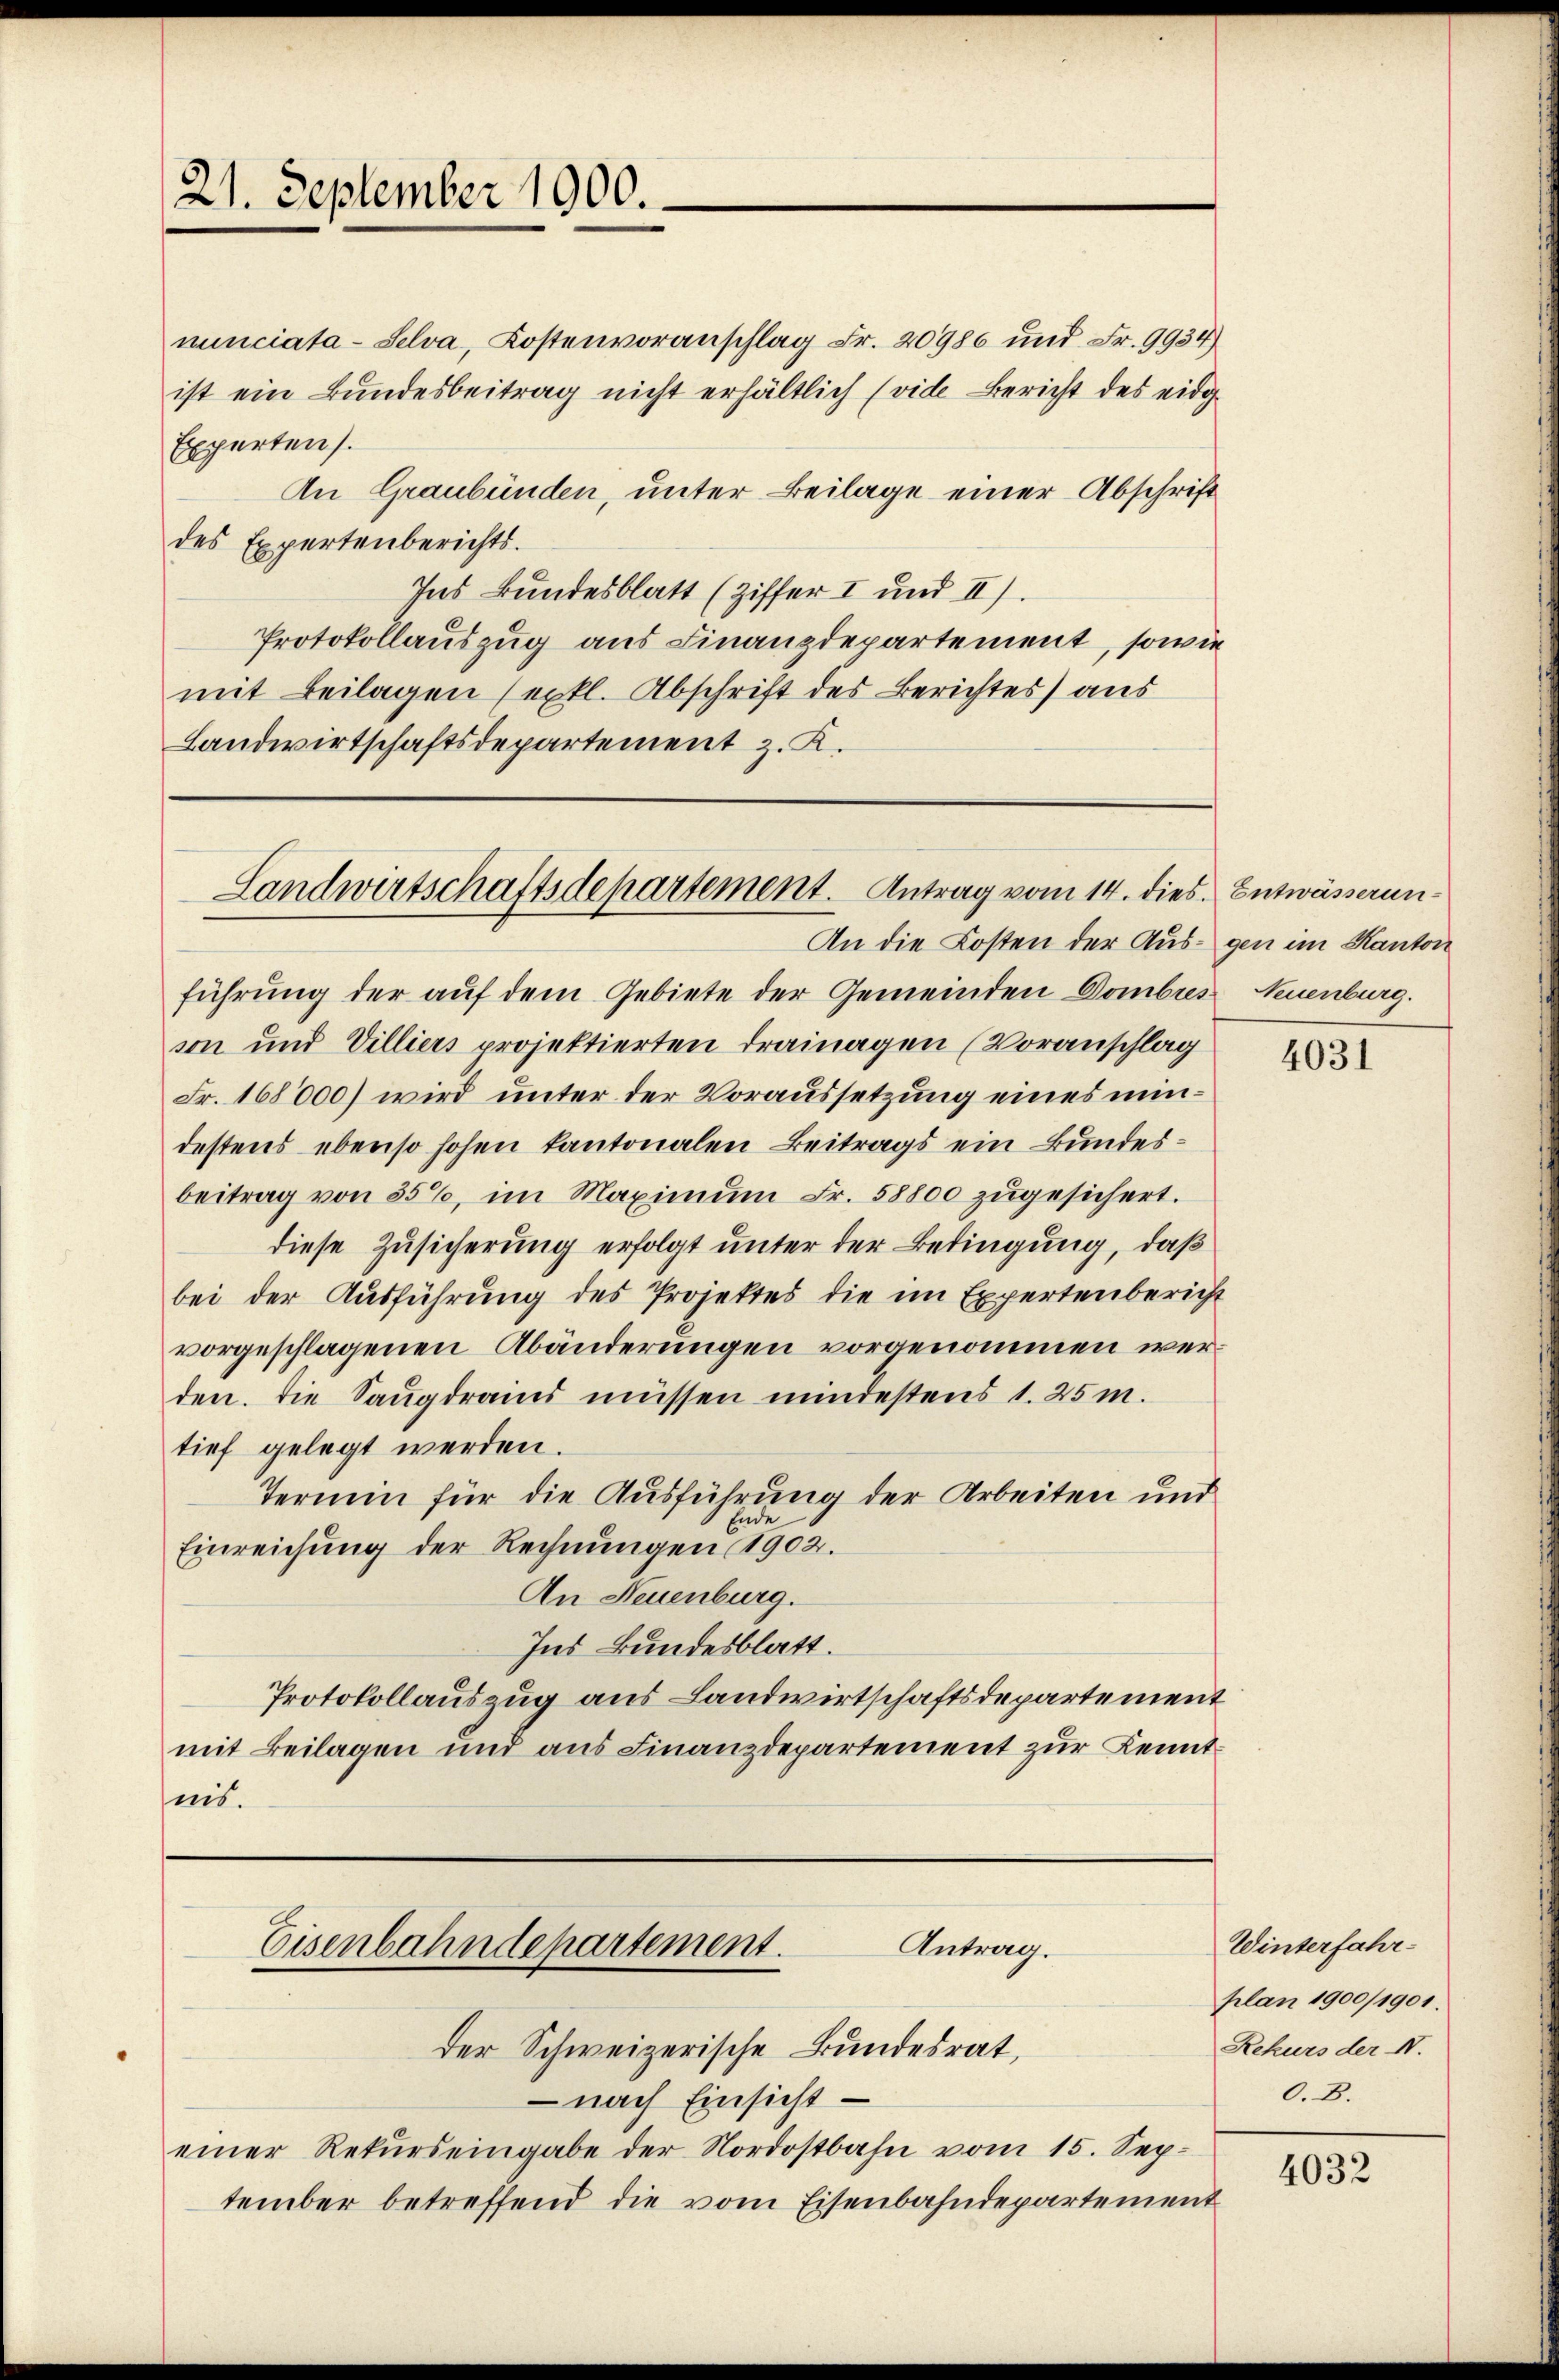
21. September 1000.

nunciata-Selva, Kostenvoranschlag Fr. 20986 und Fr. 9934)
ist ein Bundesbeitrag nicht erhältlich (vide Bericht des eidge
Experten).
An Graubünden, unter Beilage einer Abschrift
des Expertenberichts.
Ins Bundesblatt (Ziffer I und II).
Protokollauszug aus Finanzdepartement, sowie
mit Beilagen (exkl. Abschrift des Berichtes) aus
Landwirtschaftsdepartement z. K.

An die Kosten der Aus-gen im Kanton
führung der auf dem Gebiete der Gemeinden Dombres
son und Villiers projektierten Drainagen (Voranschlag
Fr. 168000) wird unter der Voraussetzung eines mindestens ebenso hohen kantonalen Beitrags ein Bundesbeitrag von 550, im Maximŭm Fr. 58800 zŭgesichert.
diese Zusicherung erfolgt unter der Bedingung, daß
bei der Ausführung des Projektes die im Expertenbericht
vorgeschlagenen Abänderungen vorgenommen werden. Die Saugdraind müssen mindestens 1. 25 m.
tief gelegt werden.
Termin für die Ausführung der Arbeiten und
Ende
Einreichŭng der Rechnŭngen 1902.
An Neuenburg.
Ins Bundesblatt.
Protokollauszug aus Landwirtschaftsdepartement
mit Beilagen und aus Finanzdepartement zur Kenntnis.

Landwirtschaftsdepartement. Antrag vom 14. dies. Entwässerun¬

Antrag.
Eisenbahndepartement.

der Schweizerische Bundesrat,
 nach Einsicht
einer Rekurs eingabe der Nordostbahn vom 15. September betreffend die vom Eisenbahndepartement

Neuenburg.

4031

Winterfahr-
plan 1900/1901.
Rekurs der N.
0.8.

4032